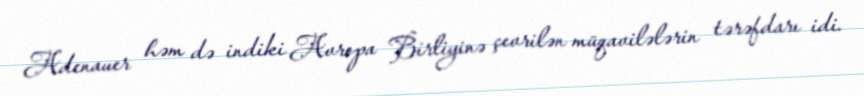
Adenauer həm də indiki Avropa Birliyinə çevrilən müqavilələrin tərəfdarı idi.